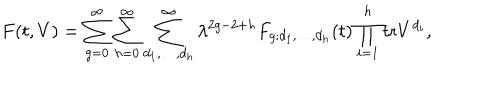
F ( t , V ) = \sum _ { g = 0 } ^ { \infty } \sum _ { h = 0 } ^ { \infty } \sum _ { d _ { 1 } , \ldots , d _ { h } } ^ { \infty } \lambda ^ { 2 g - 2 + h } F _ { g ; d _ { 1 } , \ldots , d _ { h } } ( t ) \prod _ { i = 1 } ^ { h } \mathrm { t r } V ^ { d _ { i } } ,